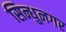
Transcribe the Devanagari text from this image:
सिन्धुनगर